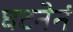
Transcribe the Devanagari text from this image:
घटनेनं